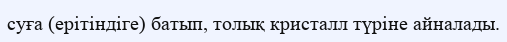
суға (ерітіндіге) батып, толық кристалл түріне айналады.